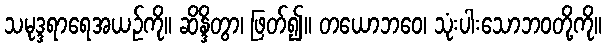
သမုဒ္ဒရာရေအယဉ်ကို။ ဆိန္ဒိတွာ၊ ဖြတ်၍။ တယောဘဝေ၊ သုံးပါးသောဘဝတို့ကို။